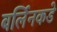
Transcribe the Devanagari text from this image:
बर्लिनकडे